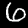
Label: 6